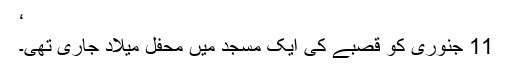
‘
11 جنوری کو قصبے کی ایک مسجد میں محفل میلاد جاری تھی۔